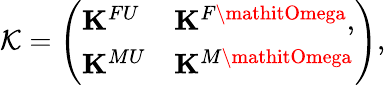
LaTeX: \mathcal{K}=\left(\begin{array}{ll}{{\mathbf K}^{FU}}&{{\mathbf K}^{F\mathitOmega},}\\ {{\mathbf K}^{MU}}&{{\mathbf K}^{M\mathitOmega}}\end{array}\right),